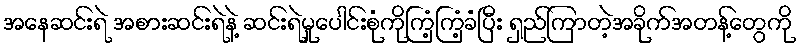
အနေဆင်းရဲ အစားဆင်းရဲနဲ့ ဆင်းရဲမှုပေါင်းစုံကိုကြံ့ကြံ့ခံပြီး ရှည်ကြာတဲ့အခိုက်အတန့်တွေကို